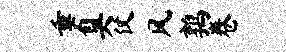
垂臭仗风鹑卷